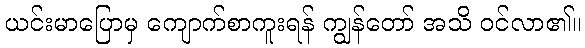
ယင်းမာပြောမှ ကျောက်စာကူးရန် ကျွန်တော် အသိ ဝင်လာ၏။